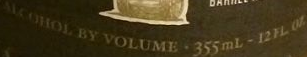
ALCOHOL BY VOLUME.355mL-12FLO%